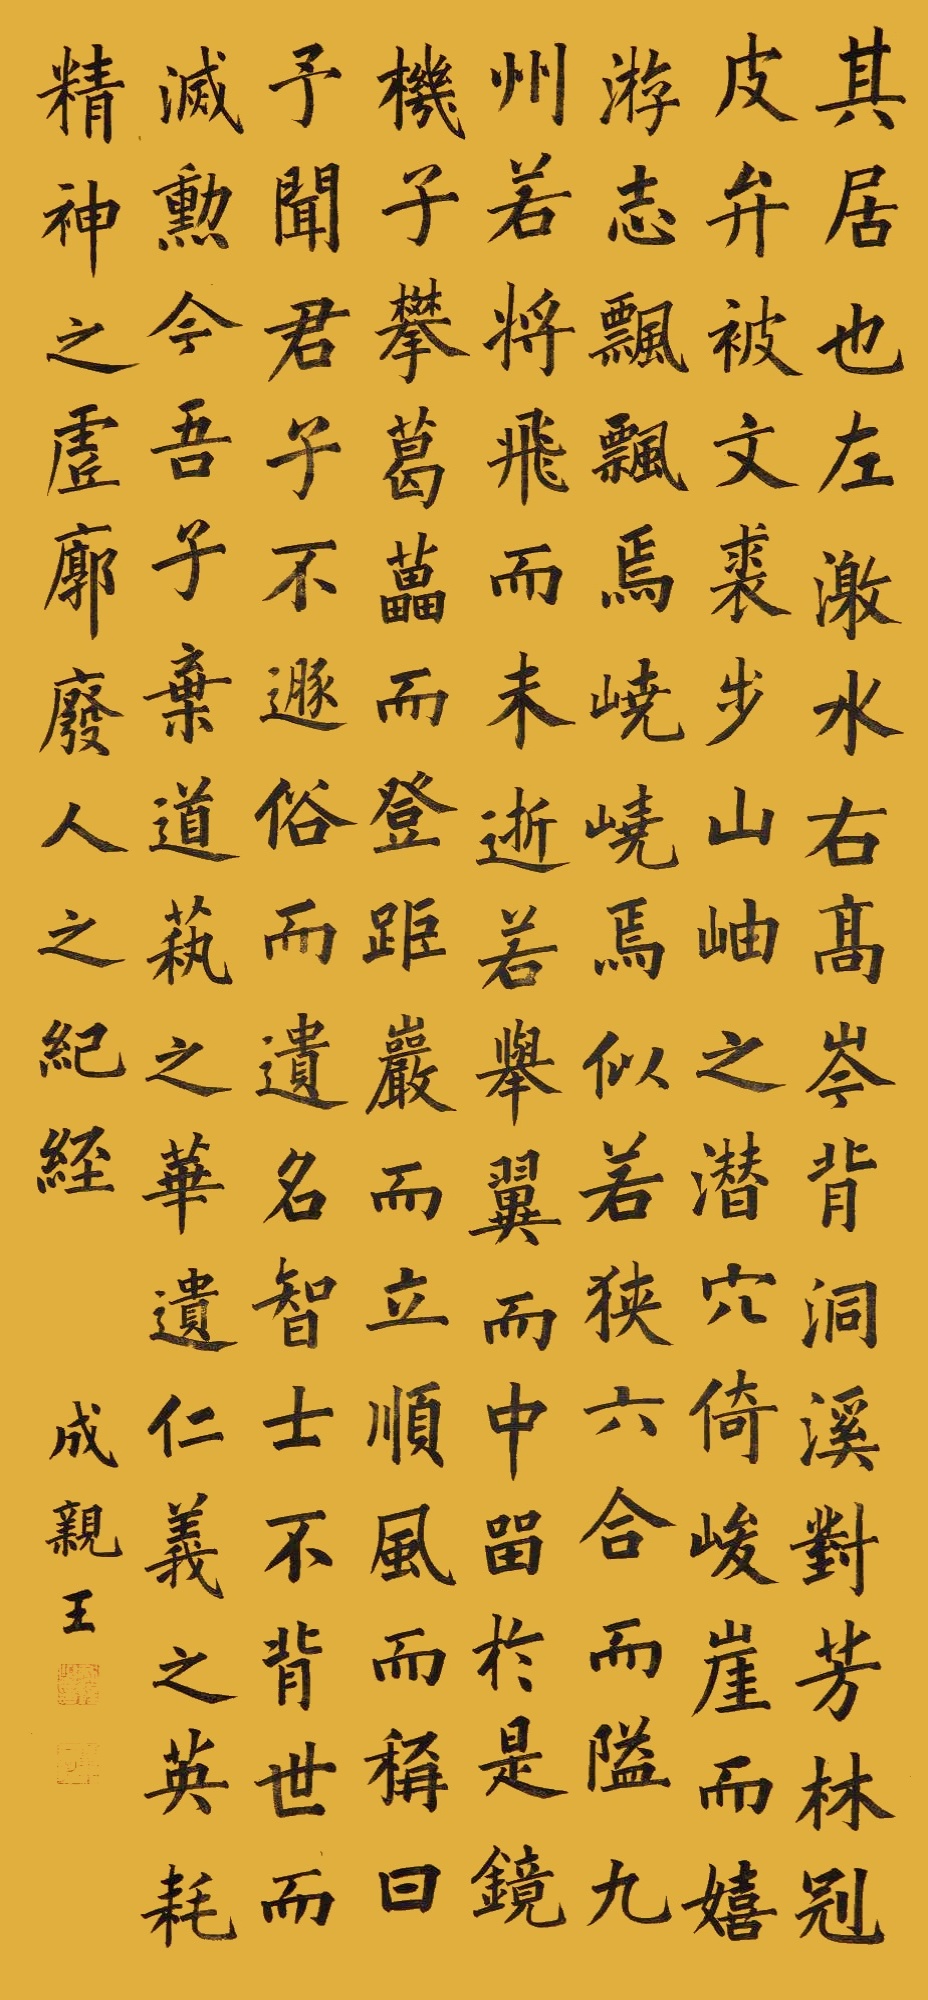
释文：其居也，左激水，右高岑，背洞溪，对芳林。冠皮弁，被文裘，步山岫之潜穴，倚峻崖而嬉游。志飘飘焉，峣峣焉，似若狭六合而隘九州，若将飞而未逝，若举翼而中留。于是镜机子攀葛藟而登，距岩而立，顺风而称曰：予闻君子不遯俗而遗名，智士不背世而灭勋。今吾子弃道艺之华，遗仁义之英，耗精神乎虚廓，废人事之纪经。成亲王。